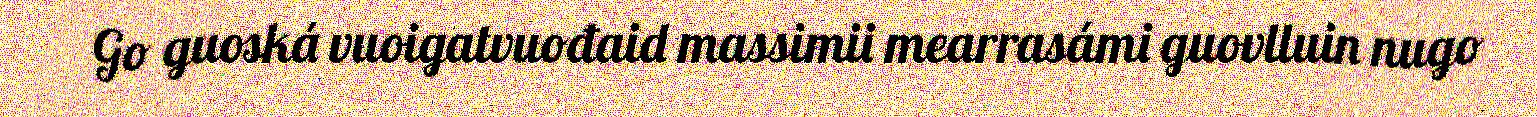
Go guoská vuoigatvuođaid massimii mearrasámi guovlluin nugo